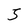
Character: 5